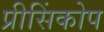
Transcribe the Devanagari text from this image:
प्रीसिंकोप